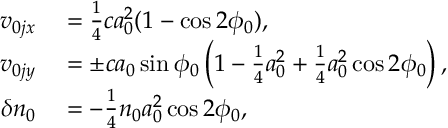
\begin{array} { r l } { v _ { 0 j x } } & { { } = \frac { 1 } { 4 } c a _ { 0 } ^ { 2 } ( 1 - \cos 2 \phi _ { 0 } ) , } \\ { v _ { 0 j y } } & { { } = \pm c a _ { 0 } \sin \phi _ { 0 } \left( 1 - \frac { 1 } { 4 } a _ { 0 } ^ { 2 } + \frac { 1 } { 4 } a _ { 0 } ^ { 2 } \cos 2 \phi _ { 0 } \right) , } \\ { \delta n _ { 0 } } & { { } = - \frac { 1 } { 4 } n _ { 0 } a _ { 0 } ^ { 2 } \cos 2 \phi _ { 0 } , } \end{array}